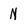
Character: N